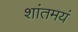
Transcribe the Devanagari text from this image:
शांतमयं